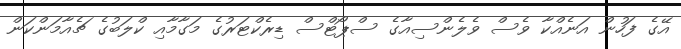
އޭގެ ފަހުން އަނެއްކާ ވެސް ވެލެންސިއާގެ ސްޕޯޓްސް ޑިރެކްޓަރުގެ މަގާމާއި ކްލަބުގެ ޗެއާމަންކަން